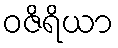
ဝဇိရိယာ